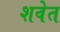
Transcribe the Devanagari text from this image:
शवेत